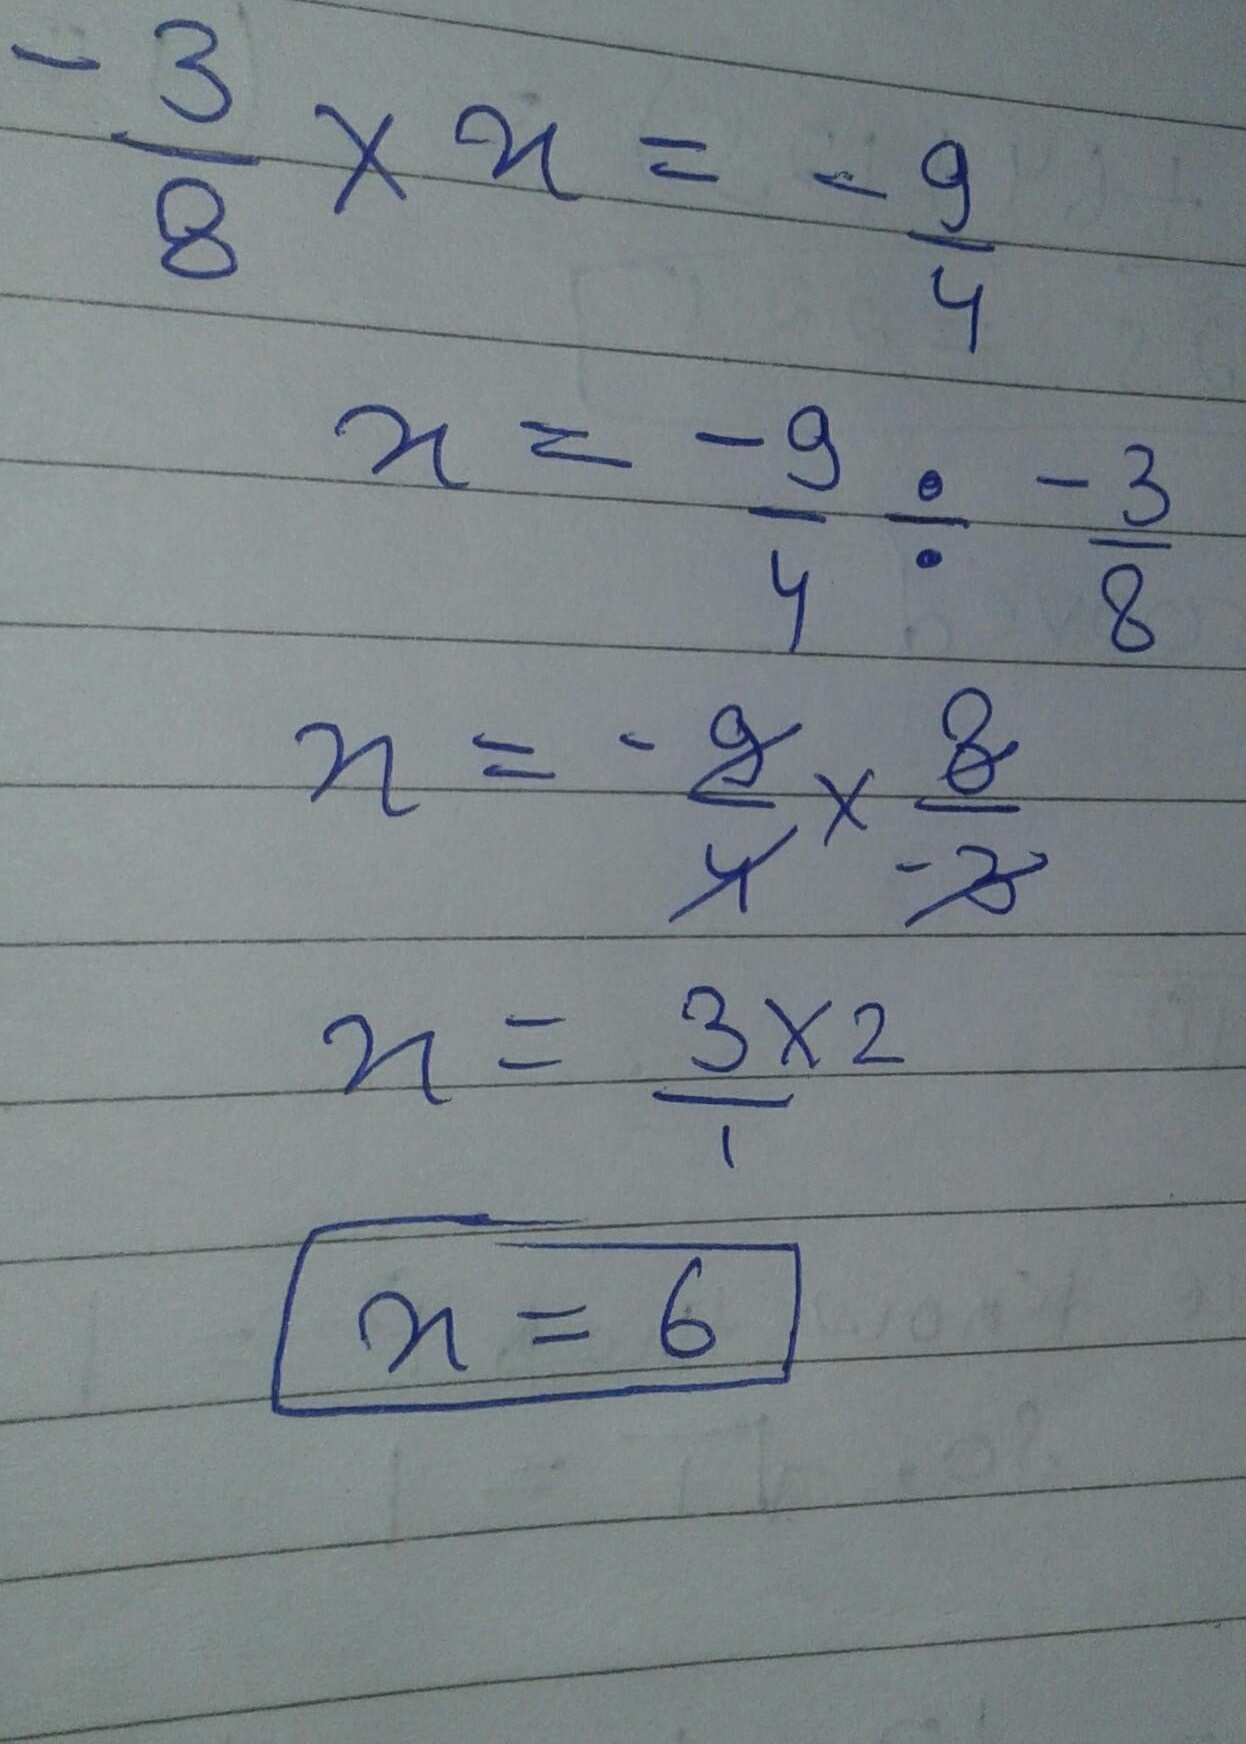
\[\begin{align*}
-\frac{3}{8} \times x&= -\frac{9}{4}\\
x&=-\frac{9}{4}\div\left(-\frac{3}{8}\right)\\
x&=-\frac{9}{4}\times\frac{8}{-3}\\
x&=\frac{3\times2}{1}\\
x&=6
\end{align*}\]